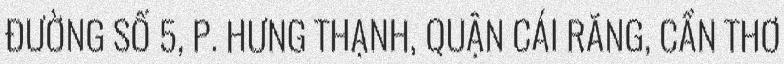
ĐƯỜNG SỐ 5, P. HƯNG THẠNH, QUẬN CÁI RĂNG, CẦN THƠ